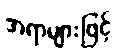
အရာများဖြင့်